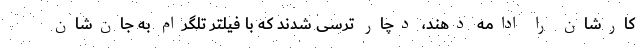
کارشان را ادامه دهند، دچار ترسی شدند که با فیلتر تلگرام به جان‌شان